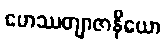
ဟေဿတျာဇာနိယော